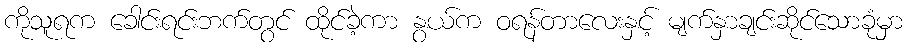
ကိုသူရက ခေါင်းရင်းဘက်တွင် ထိုင်ခဲ့ကာ နွယ်က ဝရန်တာလေးနှင့် မျက်နှာချင်းဆိုင်သောခုံမှာ